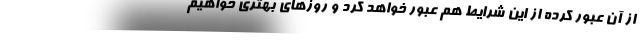
از آن عبور کرده از این شرایط هم عبور خواهد کرد و روزهای بهتری خواهیم